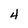
Character: 4